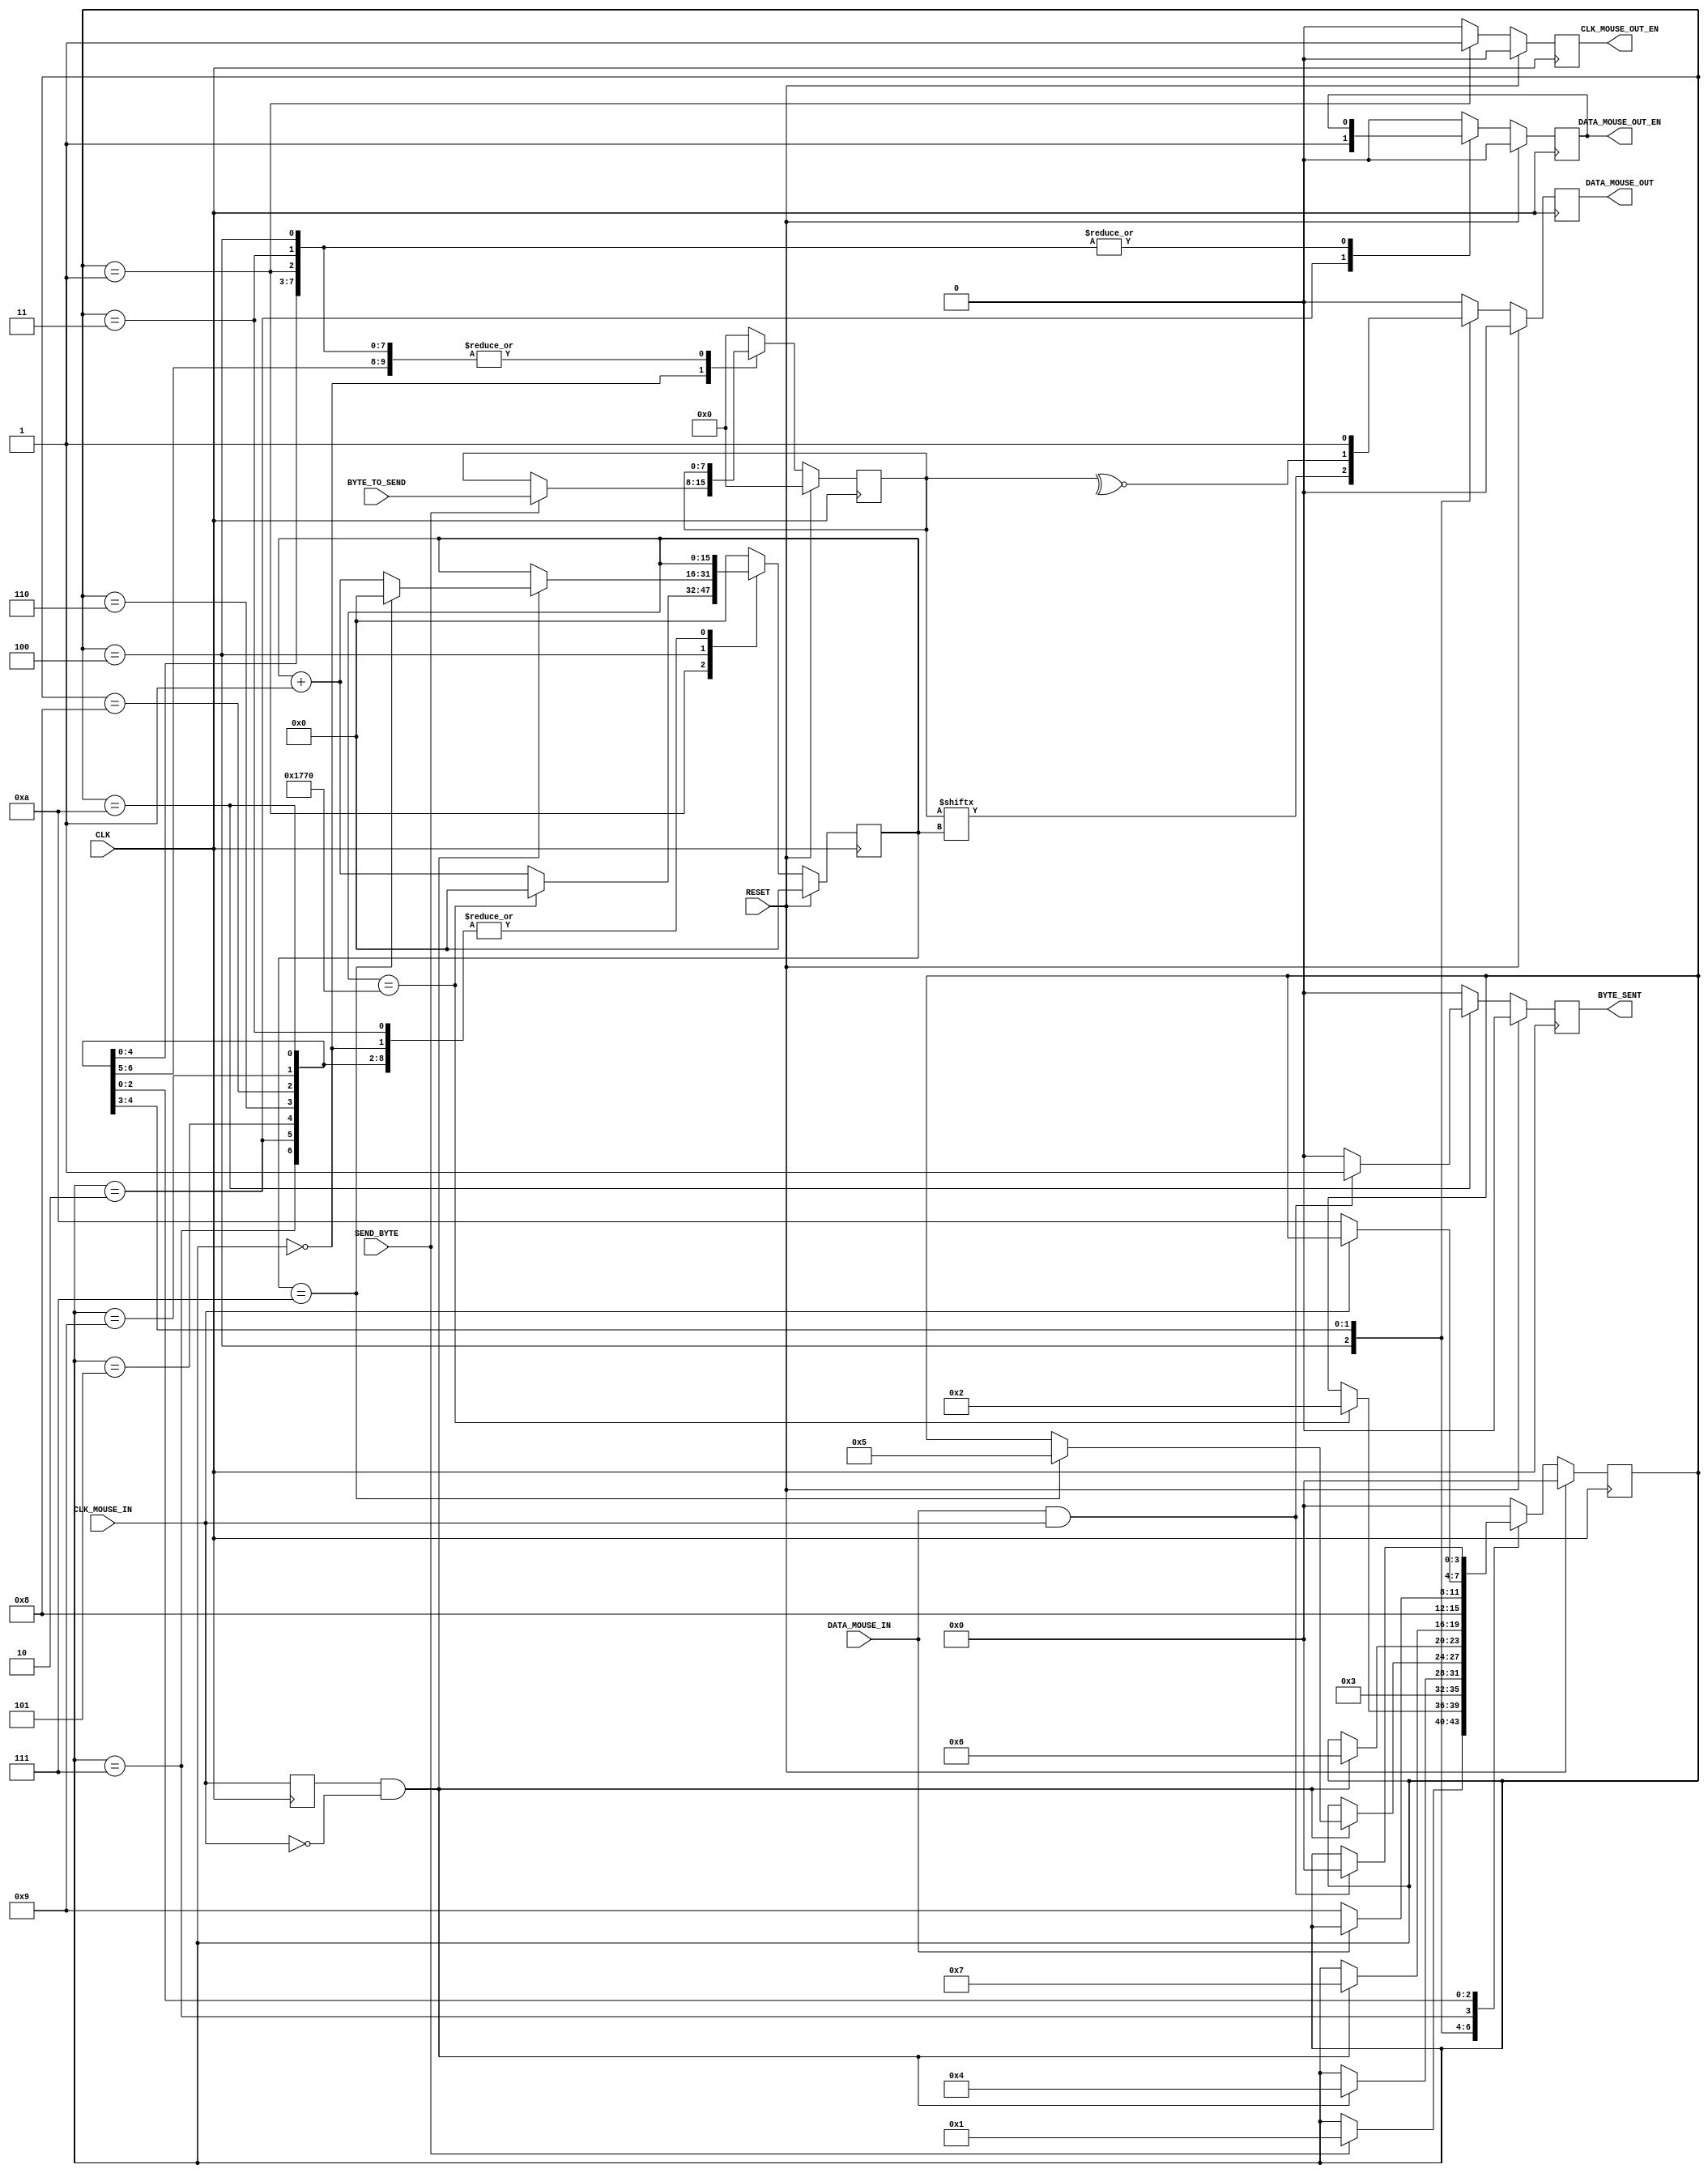
`timescale 1ns / 1ps
//////////////////////////////////////////////////////////////////////////////////
// Company: 
// Engineer: 
// 
// Design Name: 
// Module Name: MouseTransmitter
// Project Name: 
// Target Devices: 
// Tool Versions: 
// Description: 
// 
// Dependencies: 
// 
// Revision:
// Revision 0.01 - File Created
// Additional Comments:
// 
//////////////////////////////////////////////////////////////////////////////////



module MouseTransmitter(
    //Standard Inputs
    input RESET,
    input CLK,
    //Mouse IO - CLK
    input CLK_MOUSE_IN,
    output CLK_MOUSE_OUT_EN, // Allows for the control of the Clock line
    //Mouse IO - DATA
    input DATA_MOUSE_IN,
    output DATA_MOUSE_OUT,
    output DATA_MOUSE_OUT_EN,
    //Control
    input SEND_BYTE,
    input [7:0] BYTE_TO_SEND,
    output BYTE_SENT
    );
    
    //////////////////////////////////////////////////////////
    // Clk Mouse delayed to detect clock edges
    reg ClkMouseInDly;
    always@(posedge CLK)
        ClkMouseInDly <= CLK_MOUSE_IN;
        
    //////////////////////////////////////////////////////////
    //Now a state machine to control the flow of write data
    reg [3:0] Curr_State, Next_State;
    reg Curr_MouseClkOutWE, Next_MouseClkOutWE;
    reg Curr_MouseDataOut, Next_MouseDataOut;
    reg Curr_MouseDataOutWE, Next_MouseDataOutWE;
    reg [15:0] Curr_SendCounter, Next_SendCounter;
    reg Curr_ByteSent, Next_ByteSent;
    reg [7:0] Curr_ByteToSend, Next_ByteToSend;
    
    //Sequential
    always@(posedge CLK) begin
        if(RESET) begin
            Curr_State <= 4'h0;
            Curr_MouseClkOutWE <= 1'b0;
            Curr_MouseDataOut <= 1'b0;
            Curr_MouseDataOutWE <= 1'b0;
            Curr_SendCounter <= 0;
            Curr_ByteSent <= 1'b0;
            Curr_ByteToSend <= 0;
        end else begin
            Curr_State <= Next_State;
            Curr_MouseClkOutWE <= Next_MouseClkOutWE;
            Curr_MouseDataOut <= Next_MouseDataOut;
            Curr_MouseDataOutWE <= Next_MouseDataOutWE;
            Curr_SendCounter <= Next_SendCounter;
            Curr_ByteSent <= Next_ByteSent;
            Curr_ByteToSend <= Next_ByteToSend;
        end
    end
    
    //Combinatorial
    always@* begin
        //default values
        Next_State = Curr_State;
        Next_MouseClkOutWE = 1'b0;
        Next_MouseDataOut = 1'b0;
        Next_MouseDataOutWE = Curr_MouseDataOutWE;
        Next_SendCounter = Curr_SendCounter;
        Next_ByteSent = 1'b0;
        Next_ByteToSend = Curr_ByteToSend;
        
        case(Curr_State)
            //IDLE
            4'h0: begin
                if(SEND_BYTE) begin
                    Next_State = 4'h1;
                    Next_ByteToSend = BYTE_TO_SEND;
                end
                Next_MouseDataOutWE = 1'b0;
            end
            
            //Bring Clock line low for at least 100 microsecs i.e. 5000 clock cycles @ 50MHz
            4'h1: begin
                if(Curr_SendCounter == 6000) begin
                    Next_State = 4'h2;
                    Next_SendCounter = 0;
                end else
                    Next_SendCounter = Curr_SendCounter + 1'b1;
                    
                Next_MouseClkOutWE = 1'b1;
            end
            
            //Bring the Data Line Low and release the Clock line
            4'h2: begin
                Next_State = 4'h3;
                Next_MouseDataOutWE = 1'b1;
            end
            
            //Start Sending
            4'h3: begin // change data at falling edge of clock, start bit = 0
                if(ClkMouseInDly & ~CLK_MOUSE_IN)
                    Next_State = 4'h4;
            end
            
            //Send Bits 0 to 7 - We need to send the byte
            4'h4: begin // change data at falling edge of clock
                if(ClkMouseInDly & ~CLK_MOUSE_IN) begin
                    if(Curr_SendCounter == 7) begin
                        Next_State = 4'h5;
                        Next_SendCounter = 0;
                    end else
                        Next_SendCounter = Curr_SendCounter + 1'b1;
                end
                
                Next_MouseDataOut = Curr_ByteToSend[Curr_SendCounter];
            end
            
            //Send the parity bit
            4'h5: begin // change data at falling edge of clock
                if(ClkMouseInDly & ~CLK_MOUSE_IN)
                    Next_State = 4'h6;
                    
                Next_MouseDataOut = ~^Curr_ByteToSend[7:0];
            end
            
            // ADDED CODE TO SEND THE STOP BIT
            //Send the stop bit to adhere to ps/2 protocol
            4'h6: begin // change data at falling edge of clock
                if(ClkMouseInDly & ~CLK_MOUSE_IN)
                    Next_State = 4'h7;
                
                Next_MouseDataOut = 1'b1;
            end
            
            //Release Data line
            4'h7: begin
                Next_State = 4'h8;
                Next_MouseDataOutWE = 1'b0;
            end
            
            /*
            Wait for Device to bring Data line low, then wait for Device to bring Clock line low, and finally wait for
            Device to release both Data and Clock.
            */
            /*
            FILL IN THIS AREA
            */
            //Wait for device to bring Data line low
            4'h8: begin
                if(~DATA_MOUSE_IN)
                    Next_State = 4'h9;
            end
            
            //Wait for device to bring Clock line low
            4'h9: begin
                if(~CLK_MOUSE_IN)
                    Next_State = 4'hA;
            end
            
            //Wait for device to release both Data and Clock lines
            4'hA: begin
                if(DATA_MOUSE_IN & CLK_MOUSE_IN) begin
                    Next_State = 4'h0;
                    Next_ByteSent = 1'b1;
                end
            end
            
            default: begin
                Next_State <= 4'h0;
                Next_MouseClkOutWE <= 1'b0;
                Next_MouseDataOut <= 1'b0;
                Next_MouseDataOutWE <= 1'b0;
                Next_SendCounter <= 0;
                Next_ByteSent <= 1'b0;
                Next_ByteToSend <= 0;
            end
            
        endcase
    end
    
    ///////////////////////////////////////////////////////////////
    //Assign OUTPUTs
    //Mouse IO - CLK
    assign CLK_MOUSE_OUT_EN = Curr_MouseClkOutWE;
    
    //Mouse IO - DATA
    assign DATA_MOUSE_OUT = Curr_MouseDataOut;
    assign DATA_MOUSE_OUT_EN = Curr_MouseDataOutWE;
    
    //Control
    assign BYTE_SENT = Curr_ByteSent;
    
endmodule